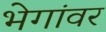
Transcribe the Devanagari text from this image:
भेगांवर